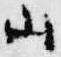
山